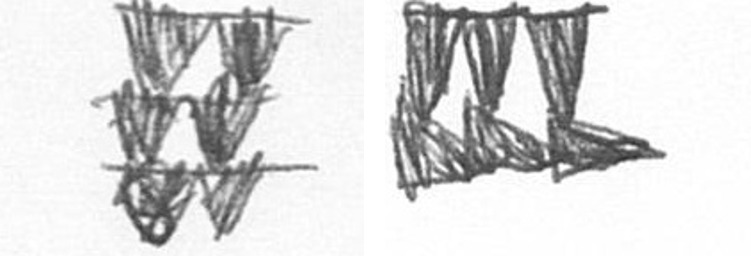
Y D